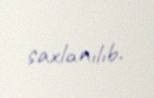
saxlanılıb.